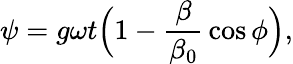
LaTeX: \psi=g\omega t\Big(1-{\frac{\beta}{\beta_{0}}}\cos{\phi}\Big),